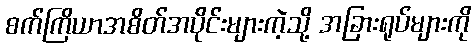
စက်ကြိယာအစိတ်အပိုင်းများကဲ့သို့ အခြားရုပ်များကို